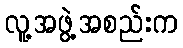
လူ့အဖွဲ့အစည်းက